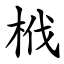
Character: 栰